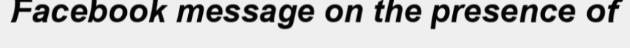
Facebook message on the presence of